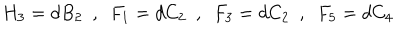
H _ { 3 } = d B _ { 2 } \, \, \, , \, \, \, F _ { 1 } = d C _ { 2 } \, \, \, , \, \, \, F _ { 3 } = d C _ { 2 } \, \, \, , \, \, \, F _ { 5 } = d C _ { 4 }